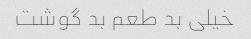
خیلی بد طعم بد گوشت